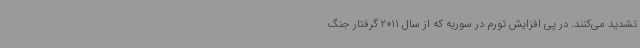
تشدید می‌کنند. در پی افزایش تورم‌ در سوریه که از سال 2011 گرفتار جنگ